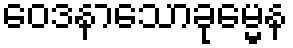
ဝေဒနာသောခုမ္မေန